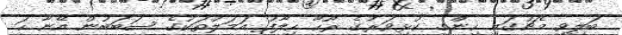
ބަލިވި މެޗުގައި ހިންގި ކުޅިވަރުގެ ރޫހާ ހިލާފު އަމަލުތަކުގެ ސަބަބުން އޭނާ ހަ